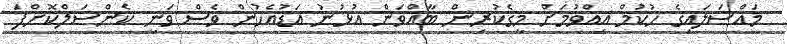
މައްސަލައިގެ ހުކުމް އިއްވުމަށް މީގެކުރިން ބާއްވަން އުޅުނު އަޑުއެހުން ވެސް ވަނީ ކެންސަލްކޮށްފަ